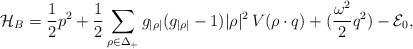
LaTeX: \begin{align*}{\cal H}_B = {1\over 2} p^{2} + {1\over2}\sum_{\rho\in\Delta_+} g_{|\rho|}(g_{|\rho|}-1) |\rho|^{2} \,V(\rho\cdot q)+({\omega^2\over2}q^2)-{\cal E}_0, \end{align*}